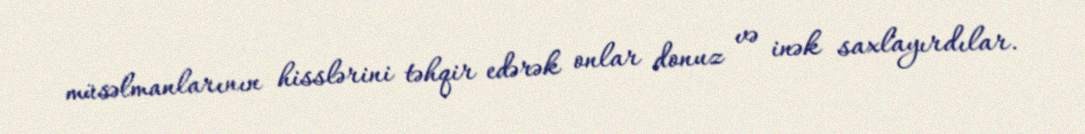
müsəlmanlarının hisslərini təhqir edərək onlar donuz və inək saxlayırdılar.